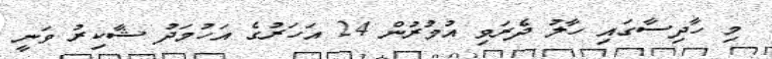
މި ހާދިސާގައި ހާލު ދެރަވި އުމުރުން 24 އަހަރުގެ އަހުމަދު ޝާކިރު ވަނީ